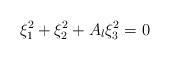
LaTeX: \begin{align*}\xi_1^2+\xi_2^2+A_l\xi_3^2=0\end{align*}